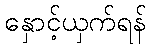
နှောင့်ယှက်ရန်